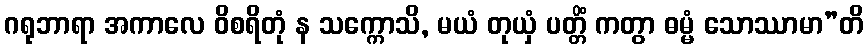
ဂရုဘာရာ အကာလေ ဝိစရိတုံ န သက္ကောသိ, မယံ တုယှံ ပတ္တိံ ကတွာ ဓမ္မံ သောဿာမာ”တိ